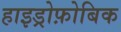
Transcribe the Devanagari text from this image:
हाइड्रोफ़ोबिक